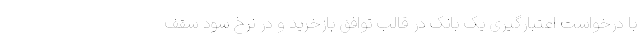
با درخواست اعتبارگیری یک بانک در قالب توافق بازخرید و در نرخ سود سقف